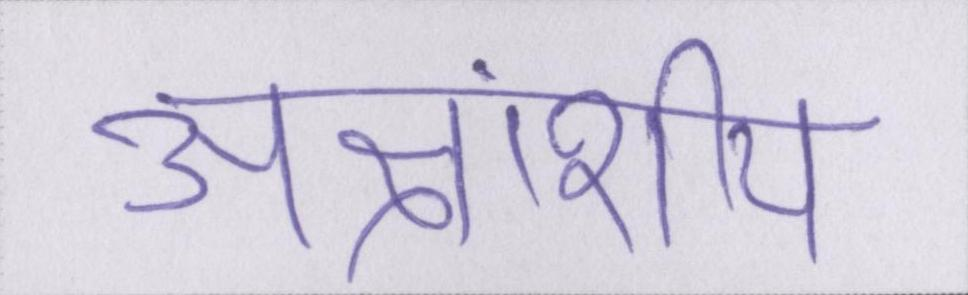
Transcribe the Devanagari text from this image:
अक्षांशीय